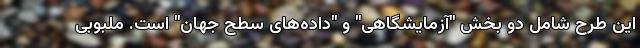
این طرح شامل دو بخش "آزمایشگاهی" و "داده‌های سطح جهان" است. ملبوبی